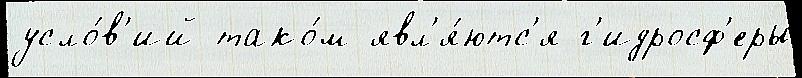
усло́в'ий тако́м явл'я́ютс'я г'идросф'еры